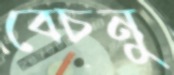
বেচনু